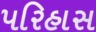
પરિહાસ